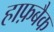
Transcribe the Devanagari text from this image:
हाफ़बैक